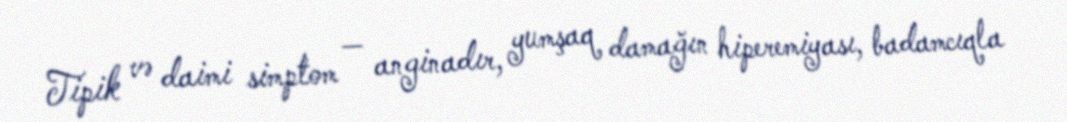
Tipik və daimi simptom — anginadır, yumşaq damağın hiperemiyası, badamcıqla